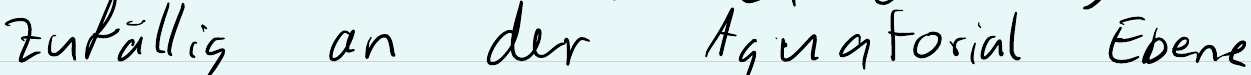
zufällig an der Aquatorial Ebene